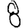
Digit: 8